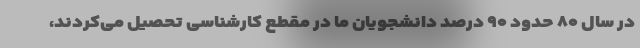
در سال ۸۰ حدود ۹۰ درصد دانشجویان ما در مقطع کارشناسی تحصیل می‌کردند،